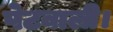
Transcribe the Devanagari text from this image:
पेटवाली।